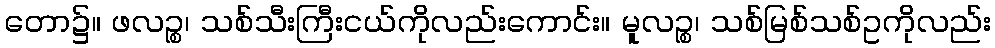
တော၌။ ဖလဉ္စ၊ သစ်သီးကြီးငယ်ကိုလည်းကောင်း။ မူလဉ္စ၊ သစ်မြစ်သစ်ဥကိုလည်း